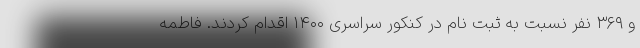
و ۳۶۹ نفر نسبت به ثبت نام در کنکور سراسری ۱۴۰۰ اقدام کردند. فاطمه